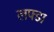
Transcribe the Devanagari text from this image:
लफ्डा